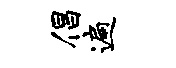
倡遍